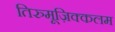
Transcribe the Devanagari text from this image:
तिरुमूज़िक्कलम